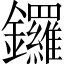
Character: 鑼